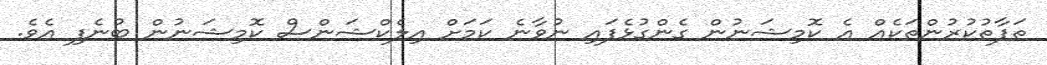
ތަފާތުކުރުންތަކެއް އެ ކޮމިޝަނުން ގެންގުޅެފައި ނުވާނެ ކަމަށް އިލެކްޝަންސް ކޮމިޝަނުން ބުނެފި އެވެ.